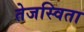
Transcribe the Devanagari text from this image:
तेजस्‍विता